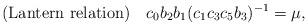
LaTeX: \begin{align*} {\rm (Lantern \ relation)}\ \ \ c_0 b_2 b_1 ( c_1 c_3 c_5 b_3)^{-1} = \mu, \end{align*}